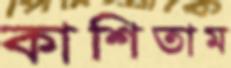
কাশিতাম